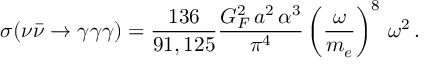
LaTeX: \sigma ( \nu \bar { \nu } \rightarrow \gamma \gamma \gamma ) = \frac { 1 3 6 } { 9 1 , 1 2 5 } \frac { G _ { F } ^ { 2 } \, a ^ { 2 } \, \alpha ^ { 3 } } { \pi ^ { 4 } } \left( \frac { \omega } { m _ { e } } \right) ^ { 8 } \, \omega ^ { 2 } \, .